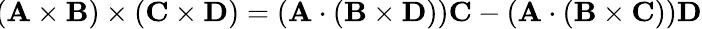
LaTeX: \! (\mathbf{A}\times\mathbf{B})\times(\mathbf{C}\times\mathbf{D})=\left(\mathbf{A}\cdot(\mathbf{B}\times\mathbf{D})\right)\mathbf{C}-\left(\mathbf{A}\cdot\left(\mathbf{B}\times\mathbf{C}\right)\right)\mathbf{D}